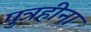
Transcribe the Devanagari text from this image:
पुत्रहीना